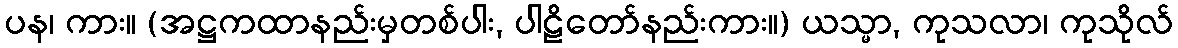
ပန၊ ကား။ (အဋ္ဌကထာနည်းမှတစ်ပါး, ပါဠိတော်နည်းကား။) ယသ္မာ, ကုသလာ၊ ကုသိုလ်